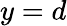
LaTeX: y=d